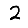
Digit: 2